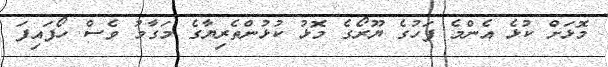
މޮޅަށް ކުޅެ އެންމެ ފަހުގެ ޔޫރޯގެ މޮޅު ކުޅުންތެރިޔާގެ މަގާމު ވެސް ހޯފައިފަ